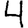
Digit: 4